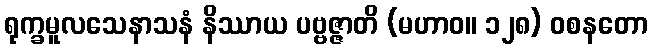
ရုက္ခမူလသေနာသနံ နိဿာယ ပဗ္ဗဇ္ဇာတိ (မဟာဝ။ ၁၂၈) ဝစနတော